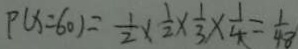
P ( x = 6 0 ) = \frac { 1 } { 2 } \times \frac { 1 } { 2 } \times \frac { 1 } { 3 } \times \frac { 1 } { 4 } = \frac { 1 } { 4 8 }